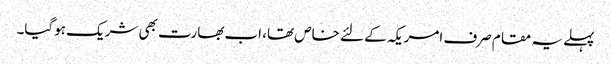
پہلے یہ مقام صرف امریکہ کے لئے خاص تھا، اب بھارت بھی شریک ہوگیا۔